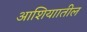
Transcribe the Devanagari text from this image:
आशियाातील